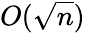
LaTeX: O({\sqrt{n}})